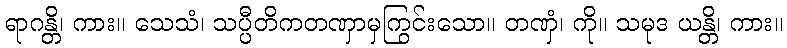
ရာဂန္တိ၊ ကား။ သေသံ၊ သပ္ပီတိကတဏှာမှကြွင်းသော။ တဏှံ၊ ကို။ သမုဒ ယန္တိ၊ ကား။